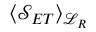
\langle \mathcal { S } _ { E T } \rangle _ { \mathcal { L } _ { R } }